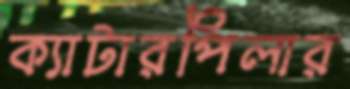
ক্যাটারপিলার